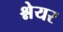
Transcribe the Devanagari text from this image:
श्नेयर